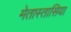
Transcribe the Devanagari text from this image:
मेतास्तासिया